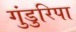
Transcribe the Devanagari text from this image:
गुंडुरिपा